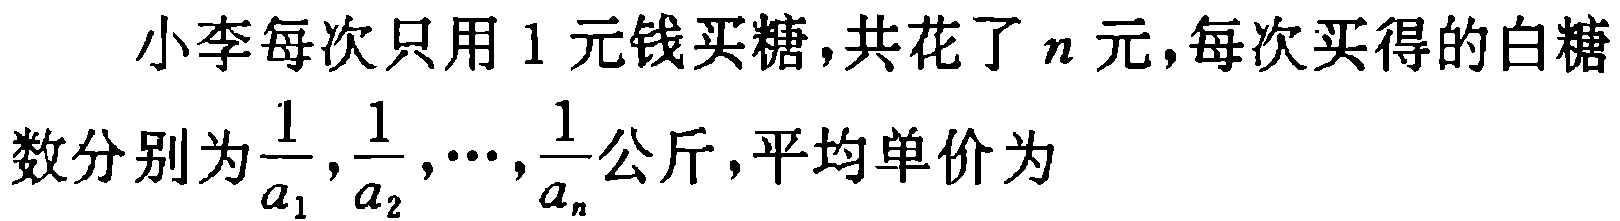
小李每次只用 1 元钱买糖,共花了\(n\)元,每次买得的白糖数分别为\(\frac{1}{a_{1}},\frac{1}{a_{2}},\cdots,\frac{1}{a_{n}}\)公斤,平均单价为